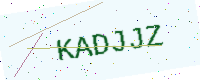
Text: KADJJZ